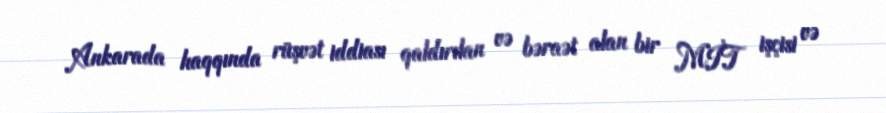
Ankarada haqqında rüşvət iddiası qaldırılan və bəraət alan bir MİT işçisi və